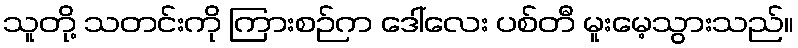
သူတို့ သတင်းကို ကြားစဉ်က ဒေါ်လေး ပစ်တီ မူးမေ့သွားသည်။